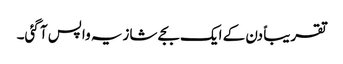
تقریباً دن کے ایک بجے شازیہ واپس آ گئی۔